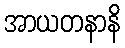
အာယတနာနိ